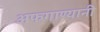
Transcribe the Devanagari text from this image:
अफगाण्यानी